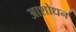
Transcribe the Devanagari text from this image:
आशोधन